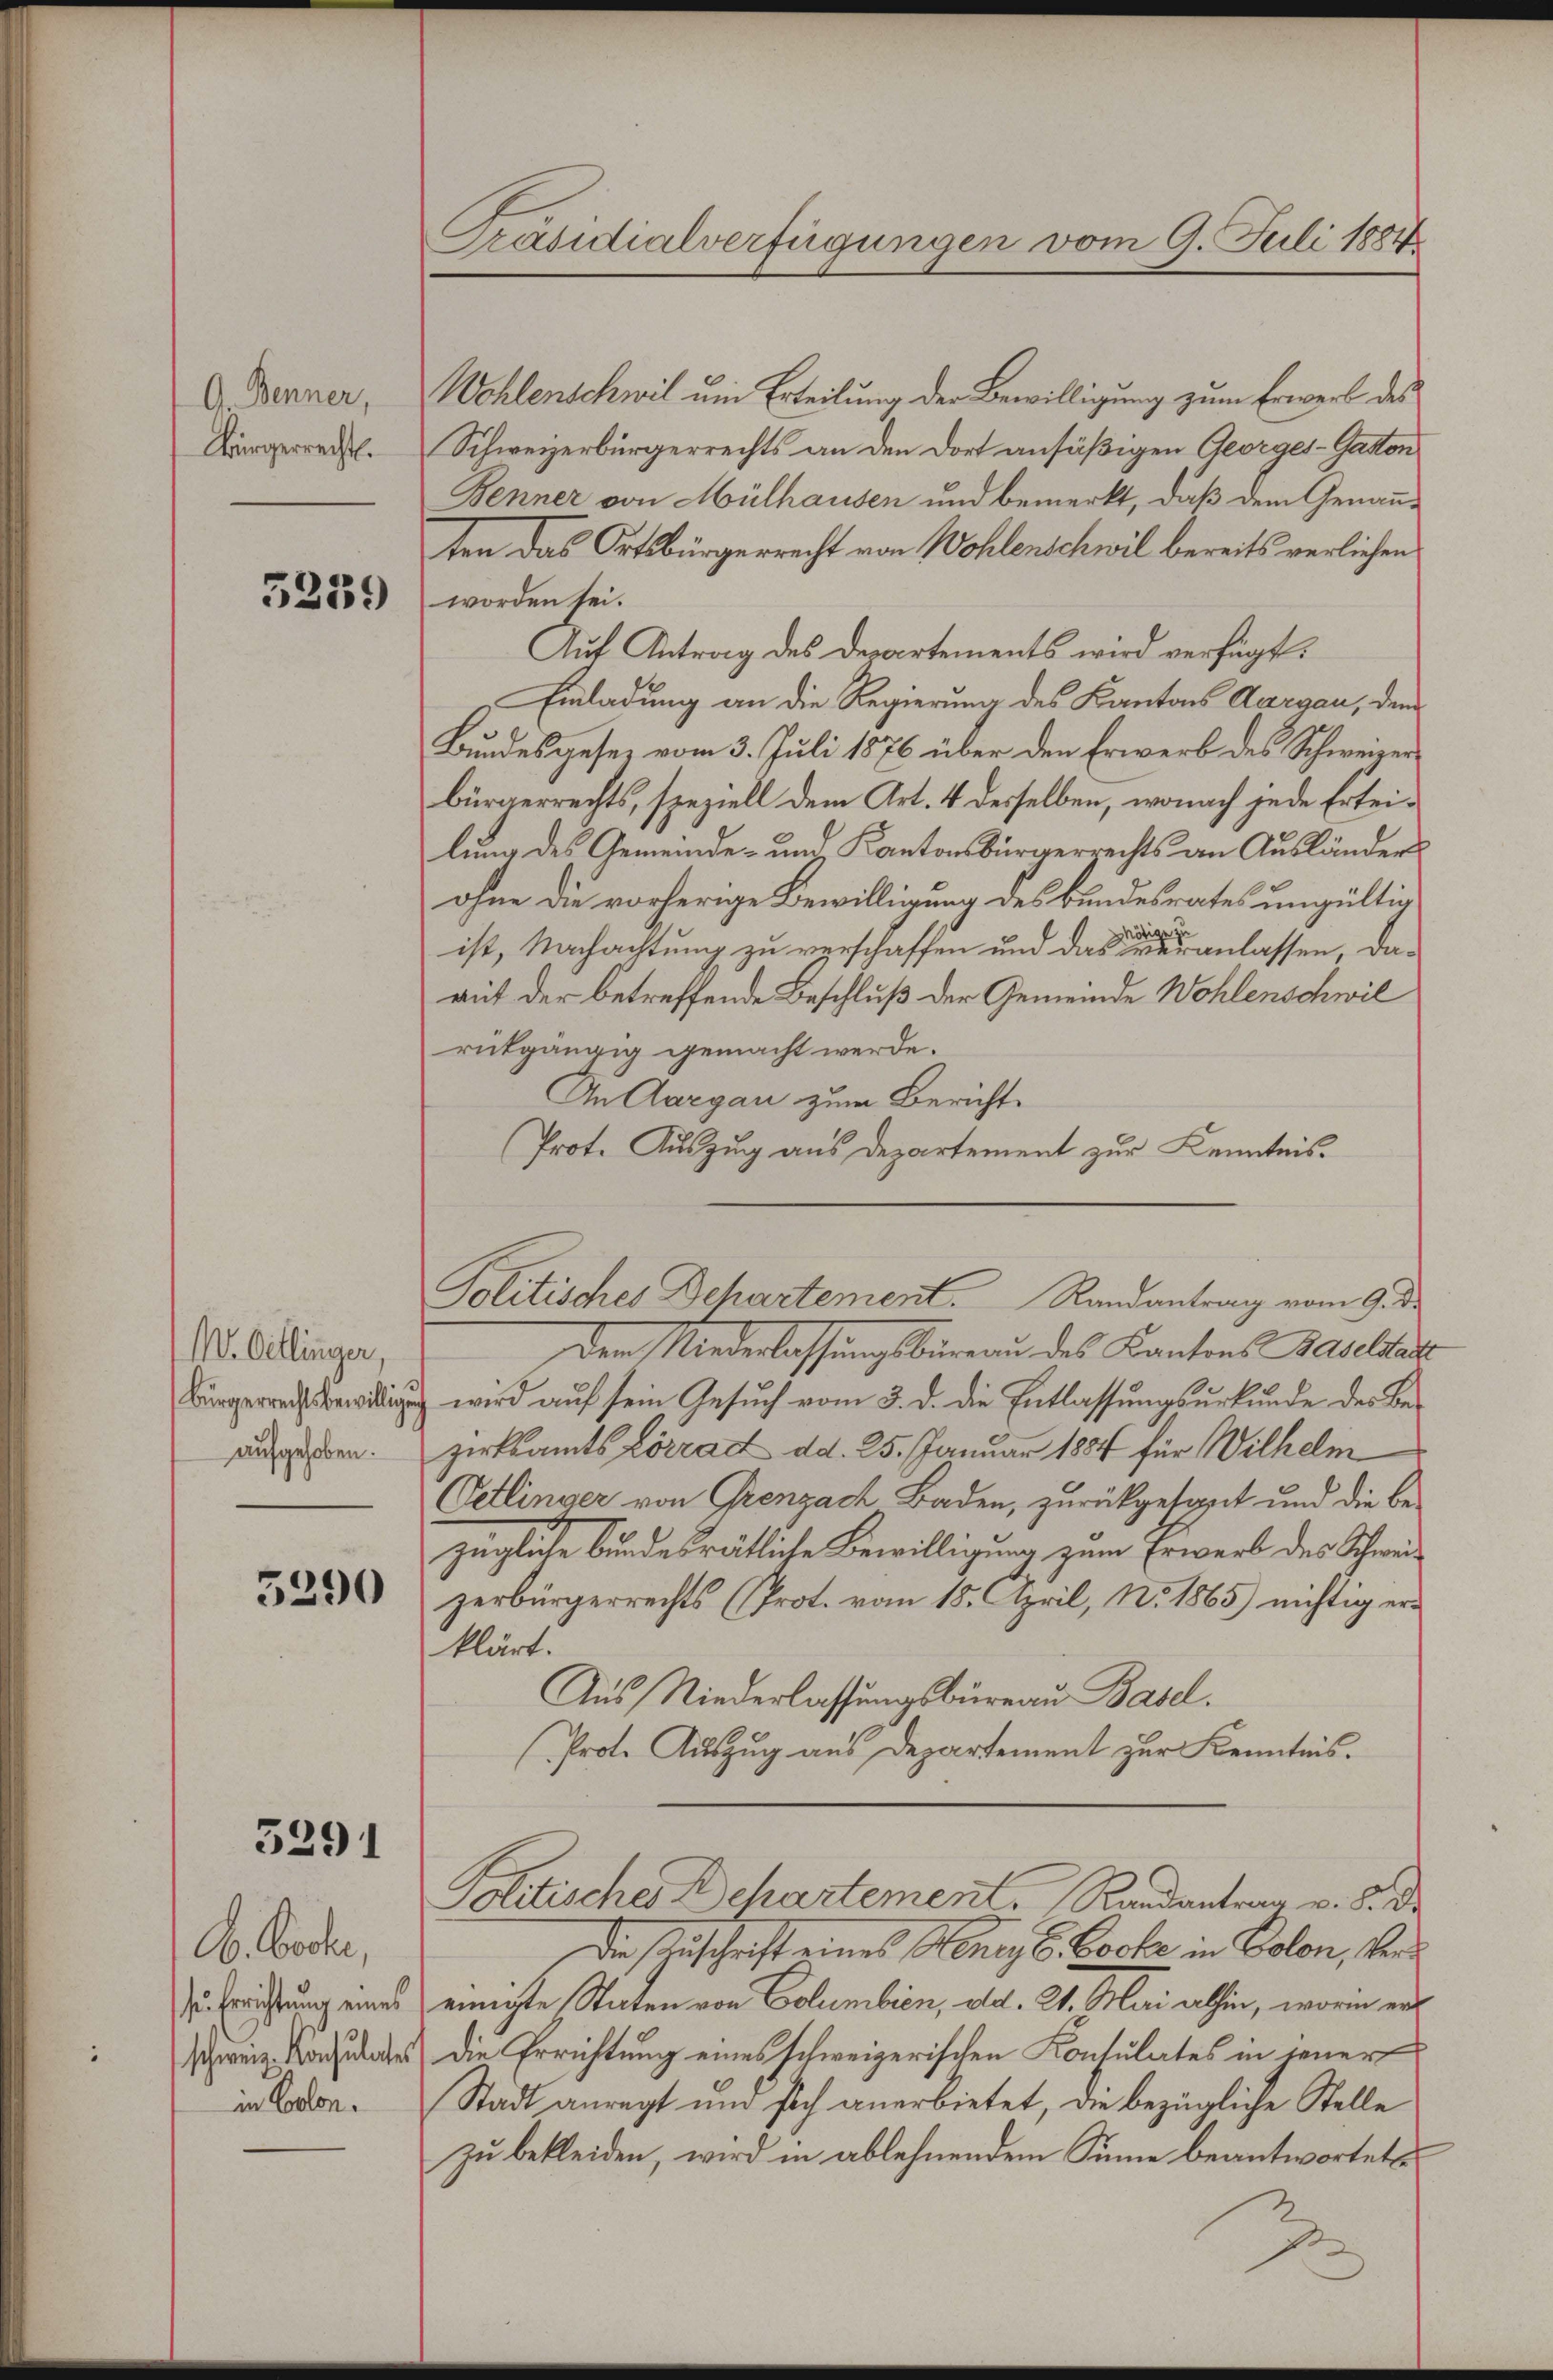
G Benner,
Bürgerrecht.

5259

M. Gillinger,
Bürgerrechtsbewillige
aufgehoben.

5290

5291

A. Boten,
se Errichtung eines
schweiz. Konsulates
in Colon.

Präsidialverfügungen vom 9. Juli 1884

Wohlenschwil um Erteilung der Bewilligung zum Erwerk des
Schweizerbürgerrechts an den dort ansäßigen Georges-Gatten
Benner von Mülhausen und bemerkt, daß dem Genannten das Ortsbürgerrecht von Wohlenschwil bereits verlichen
worden sei.
Auf Antrag des Departements wird verfügt:
Einladung an die Regierung des Kantons Aargau, dem
Bundesgesetz vom 3. Juli 1876 über den Erwerb des Schwerer
bürgerrechts, speziell dem Art. 4 desselben, wonach jede Erteilung des Gemeinde- und Kantonsbürgerrechts an Ausländers
ohne die vorherige Bewilligung des Bundesrates ungültig
nötig
ist, Nachachtung zu verschaffen und das veranlassen, damit der betreffende Beschluß der Gemeinde Wohlenschwil
rütgängig gemacht werde.
An Aargau zum Bericht
Prot. Auszug aus Departement zur Kenntnis.
Den Niederlassungsbüreau des Kantons Baselstadt
 wird auf sein Gesuch vom 3. d. die Entlassungsurkunde des Bezirksamts Lörrad dd. 25. Januar 1884 für Wilhelm
Oetlinger von Grenzach Baden, zurückgesant und die bezügliche bundesrätliche Bewilligung zum Erwerb des Schweizerbürgerrechts (Prot. vom 15. April, No. 1865) nichtig erklärt.
Aus Niederlassungsbüreau Basel.
(Prote Auszug aus Departement zur Kenntnis.
Politisches Behartement. Randantrag v. 8. d.
Die Zuschrift eines Honigl. Costa in Colon, vereinigte Staten von Columbien, als. 21. Mai alhin, worin er¬
Die Errichtung eines schweizerischen Kontulates in jener
Stadt anregt und sich anerbietet, die bezügliche Stelle
zu bekleiden, wird in ablehnendem Sinne beantwortet
2

Politisches Departement. Randantrag vom 9. d.